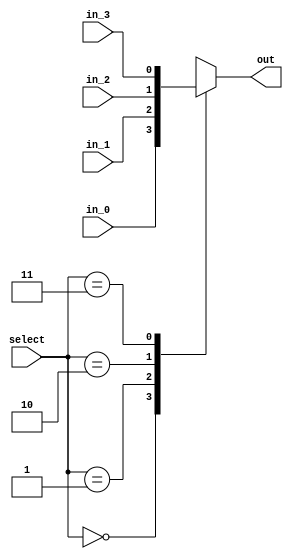
`timescale 1ns / 1ps
//////////////////////////////////////////////////////////////////////////////////
// Company: 
// Engineer: 
// 
// Design Name: 
// Module Name: mux_4x1_beh
// Project Name: 
// Target Devices: 
// Tool Versions: 
// Description: 
// 
// Dependencies: 
// 
// Revision:
// Revision 0.01 - File Created
// Additional Comments:
// 
//////////////////////////////////////////////////////////////////////////////////


module mux_4x1_beh(
    output reg out,
    input in_0,
    input in_1,
    input in_2,
    input in_3,
    input [1:0] select
    );
    always @ (in_0,in_1,in_2,in_3,select)
        case (select)
            2'b00: out = in_0;
            2'b01: out = in_1;
            2'b10: out = in_2;
            2'b11: out = in_3; 
         endcase
endmodule